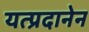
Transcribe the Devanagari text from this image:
यत्प्रदानेन